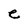
Character: e